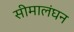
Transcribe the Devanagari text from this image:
सीमालंघन